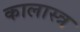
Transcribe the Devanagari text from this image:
कालास्त्र